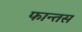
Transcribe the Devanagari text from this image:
फान्तस